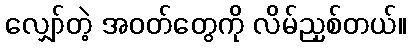
လျှော်တဲ့ အဝတ်တွေကို လိမ်ညှစ်တယ်။